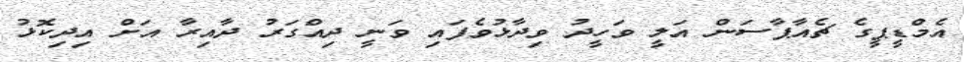
އެމްޑީޕީގެ ޗެއާޕާސަން އަލީ ވަހީދު ވިދާޅުވެފައި ވަނީ ދިއްގަރު ދާއިރާ އަށް އިދިކޮޅު